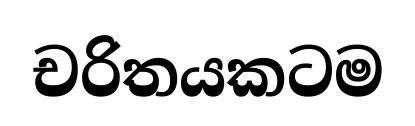
චරිතයකටම